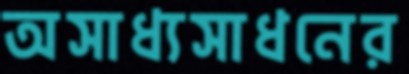
অসাধ্যসাধনের